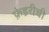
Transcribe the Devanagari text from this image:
फ़ेडरीची